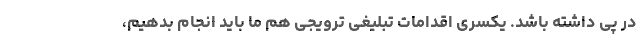
در پی داشته باشد. یکسری اقدامات تبلیغی ترویجی هم ما باید انجام بدهیم،